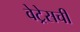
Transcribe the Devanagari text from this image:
वेट्रेसची